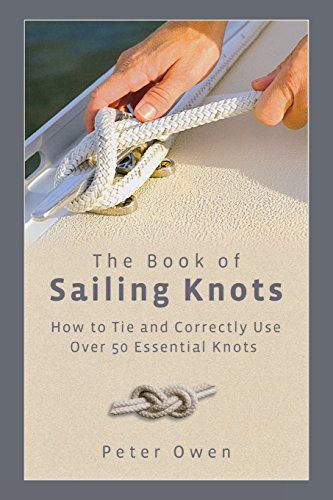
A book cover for Book of Sailing Knots: How To Tie And Correctly Use Over 50 Essential Knots; Peter Owen; Engineering & Transportation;